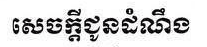
សេចក្ដីជូនដំណឹង